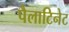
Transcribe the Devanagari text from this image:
पैलाटिनेट